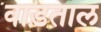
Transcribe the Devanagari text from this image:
वाड़ताल